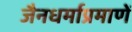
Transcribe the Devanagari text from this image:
जैनधर्माप्रमाणें